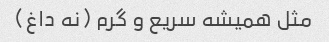
مثل همیشه سریع و گرم (نه داغ)